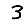
Digit: 3